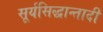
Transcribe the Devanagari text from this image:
सूर्यसिद्धान्तादी